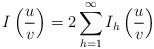
LaTeX: \begin{align*} I\left(\frac{u}{v}\right)=2\sum_{h=1}^\infty I_h\left(\frac{u}{v}\right)\end{align*}